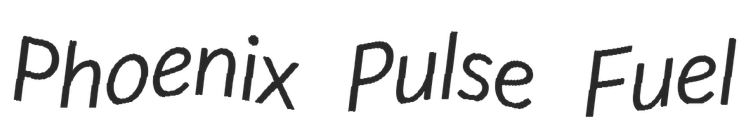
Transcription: Phoenix Pulse Fuel